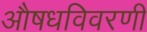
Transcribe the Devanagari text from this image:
औषधविवरणी